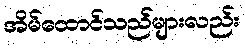
အိမ်ထောင်သည်များလည်း